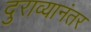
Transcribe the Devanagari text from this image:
दुराव्यानंतर